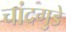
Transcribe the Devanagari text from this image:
चांदगुडे